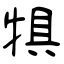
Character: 犋